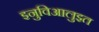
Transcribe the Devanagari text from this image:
इनुविआलुइत